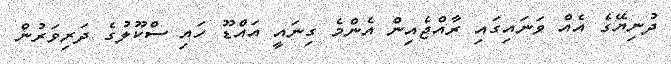
ދުނިޔޭގެ އެއް ވަނައިގައިި ރާއްޖެއިން އެންމެ ގިނައީ އައްޑޫ ހައި ސްކޫލުގެ ދަރިވަރުން